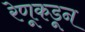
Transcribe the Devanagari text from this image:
रेणूकडून